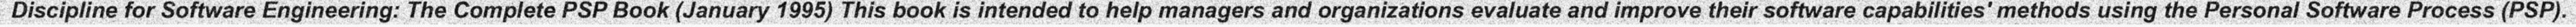
Discipline for Software Engineering: The Complete PSP Book (January 1995) This book is intended to help managers and organizations evaluate and improve their software capabilities' methods using the Personal Software Process (PSP).